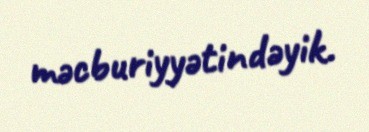
məcburiyyətindəyik.